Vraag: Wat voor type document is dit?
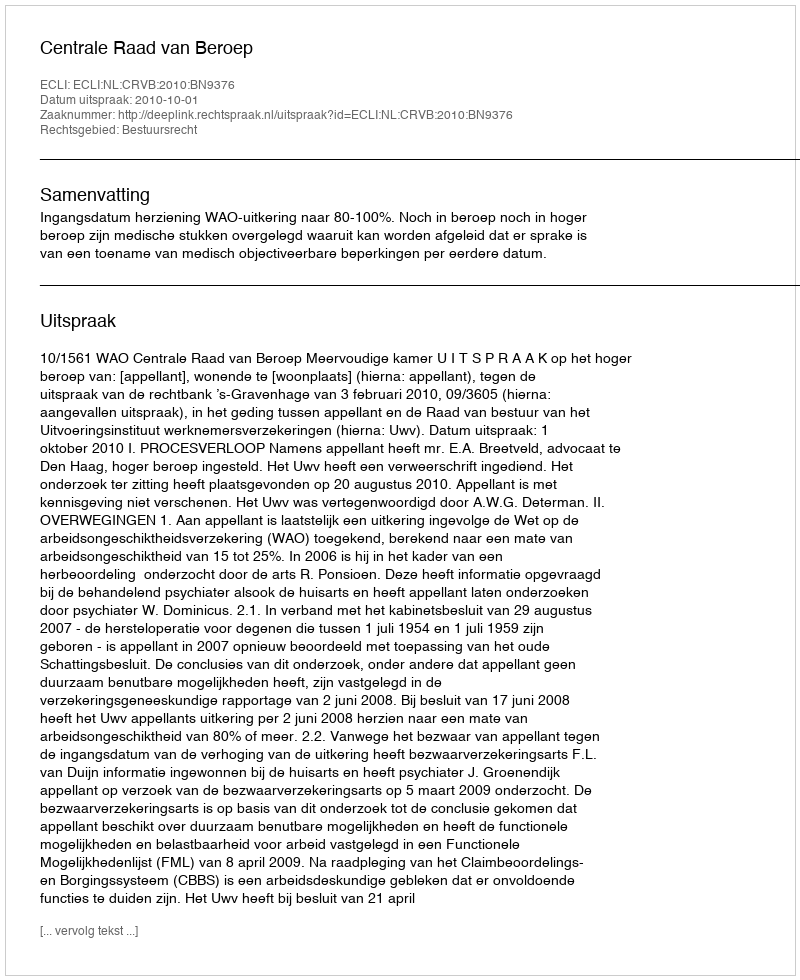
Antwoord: Uitspraak